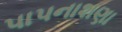
પાપનાશણા